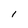
Character: 1